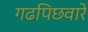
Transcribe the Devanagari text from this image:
गढपिछवारे